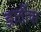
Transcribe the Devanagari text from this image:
ज्ञातींचा